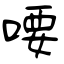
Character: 喓